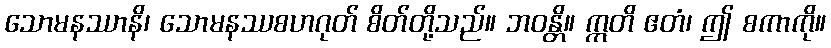
သောမနဿာနိ၊ သောမနဿစဟဂုတ် စိတ်တို့သည်။ ဘဝန္တိ။ ဣတိ ဧတံ၊ ဤ စကာကို။